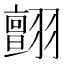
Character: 𦒜